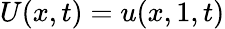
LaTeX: U(x,t)=u(x,1,t)